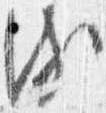
頗